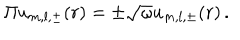
\Pi u _ { m , l , \pm } ( r ) = \pm \sqrt { \omega } u _ { m , l , \pm } ( r ) \, .